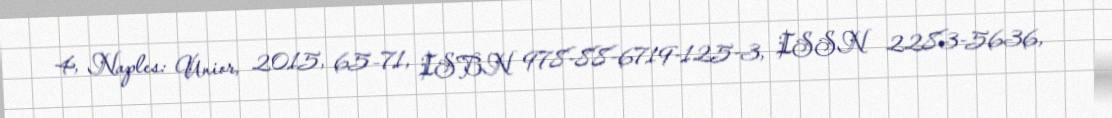
4, Naples: Unior, 2015, 65–71, ISBN 978-88-6719-125-3, ISSN 2283-5636,